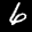
Label: 6